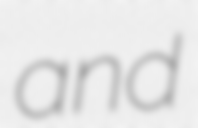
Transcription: and